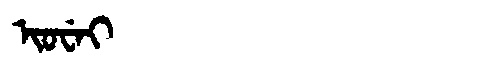
Manchu: ᡳᠣᠸᡝᡳ
Romanization: IOWEI